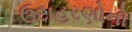
ઉદાહરણોનો